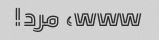
www، مرد!